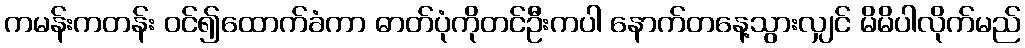
ကမန်းကတန်း ဝင်၍ထောက်ခံကာ ဓာတ်ပုံကိုတင်ဦးကပါ နောက်တနေ့သွားလျှင် မိမိပါလိုက်မည်